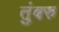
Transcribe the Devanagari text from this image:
तुंबरु